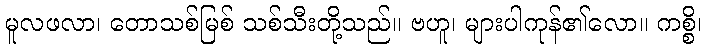
မူလဖလာ၊ တောသစ်မြစ် သစ်သီးတို့သည်။ ဗဟူ၊ များပါကုန်၏လော။ ကစ္စိ၊